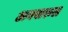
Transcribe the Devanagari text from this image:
अनवारुल